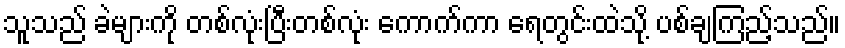
သူသည် ခဲများကို တစ်လုံးပြီးတစ်လုံး ကောက်ကာ ရေတွင်းထဲသို့ ပစ်ချကြည့်သည်။